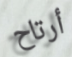
أرتاح